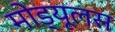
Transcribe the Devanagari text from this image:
मोड्यूलस